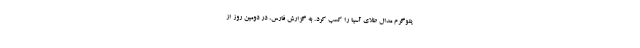
یلوگرم مدال طلای آسیا را کسب کرد. به گزارش فارس، در دومین روز از